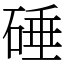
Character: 硾